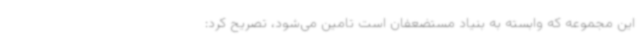
این مجموعه که وابسته به بنیاد مستضعفان است تامین می‌شود، تصریح کرد: